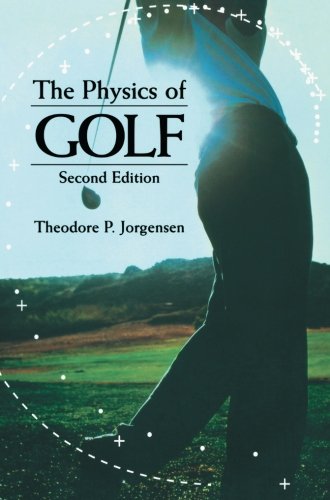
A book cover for The Physics of Golf; Theodore P. Jorgensen; Sports & Outdoors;